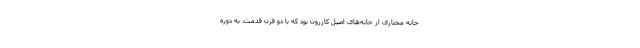
خانه مختاری از خانه‌های اصیل کازرون بود که با دو قرن قدمت، به دوره